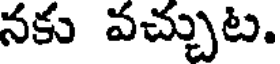
నకు వచ్చుట.